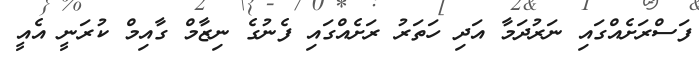
ފަސްރަށެއްގައި ނަރުދަމާ އަދި ހަތަރު ރަށެއްގައި ފެނުގެ ނިޒާމް ގާއިމް ކުރަނީ އެއީ